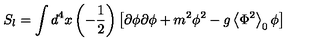
S _ { l } = \int d ^ { 4 } x \left( - \frac 1 2 \right) \left[ \partial \phi \partial \phi + m ^ { 2 } \phi ^ { 2 } - g \left\langle \Phi ^ { 2 } \right\rangle _ { 0 } \phi \right]